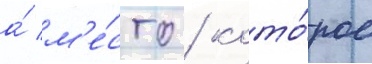
а́ м'е́сто / кото́рое